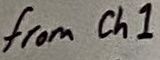
Text: from Ch1